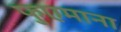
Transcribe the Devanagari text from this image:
फुएमाना